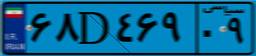
۶۸D۴۶۹۰۹